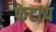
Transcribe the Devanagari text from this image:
फेटाय